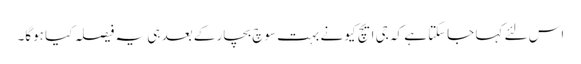
اس لئے کہا جاسکتا ہے کہ جی ایچ کیو نے بہت سوچ بچار کے بعد ہی یہ فیصلہ کیا ہوگا۔